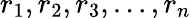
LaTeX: r_{1},r_{2},r_{3},\dots,r_{n}